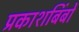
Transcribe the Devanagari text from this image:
प्रकाशबिंबों